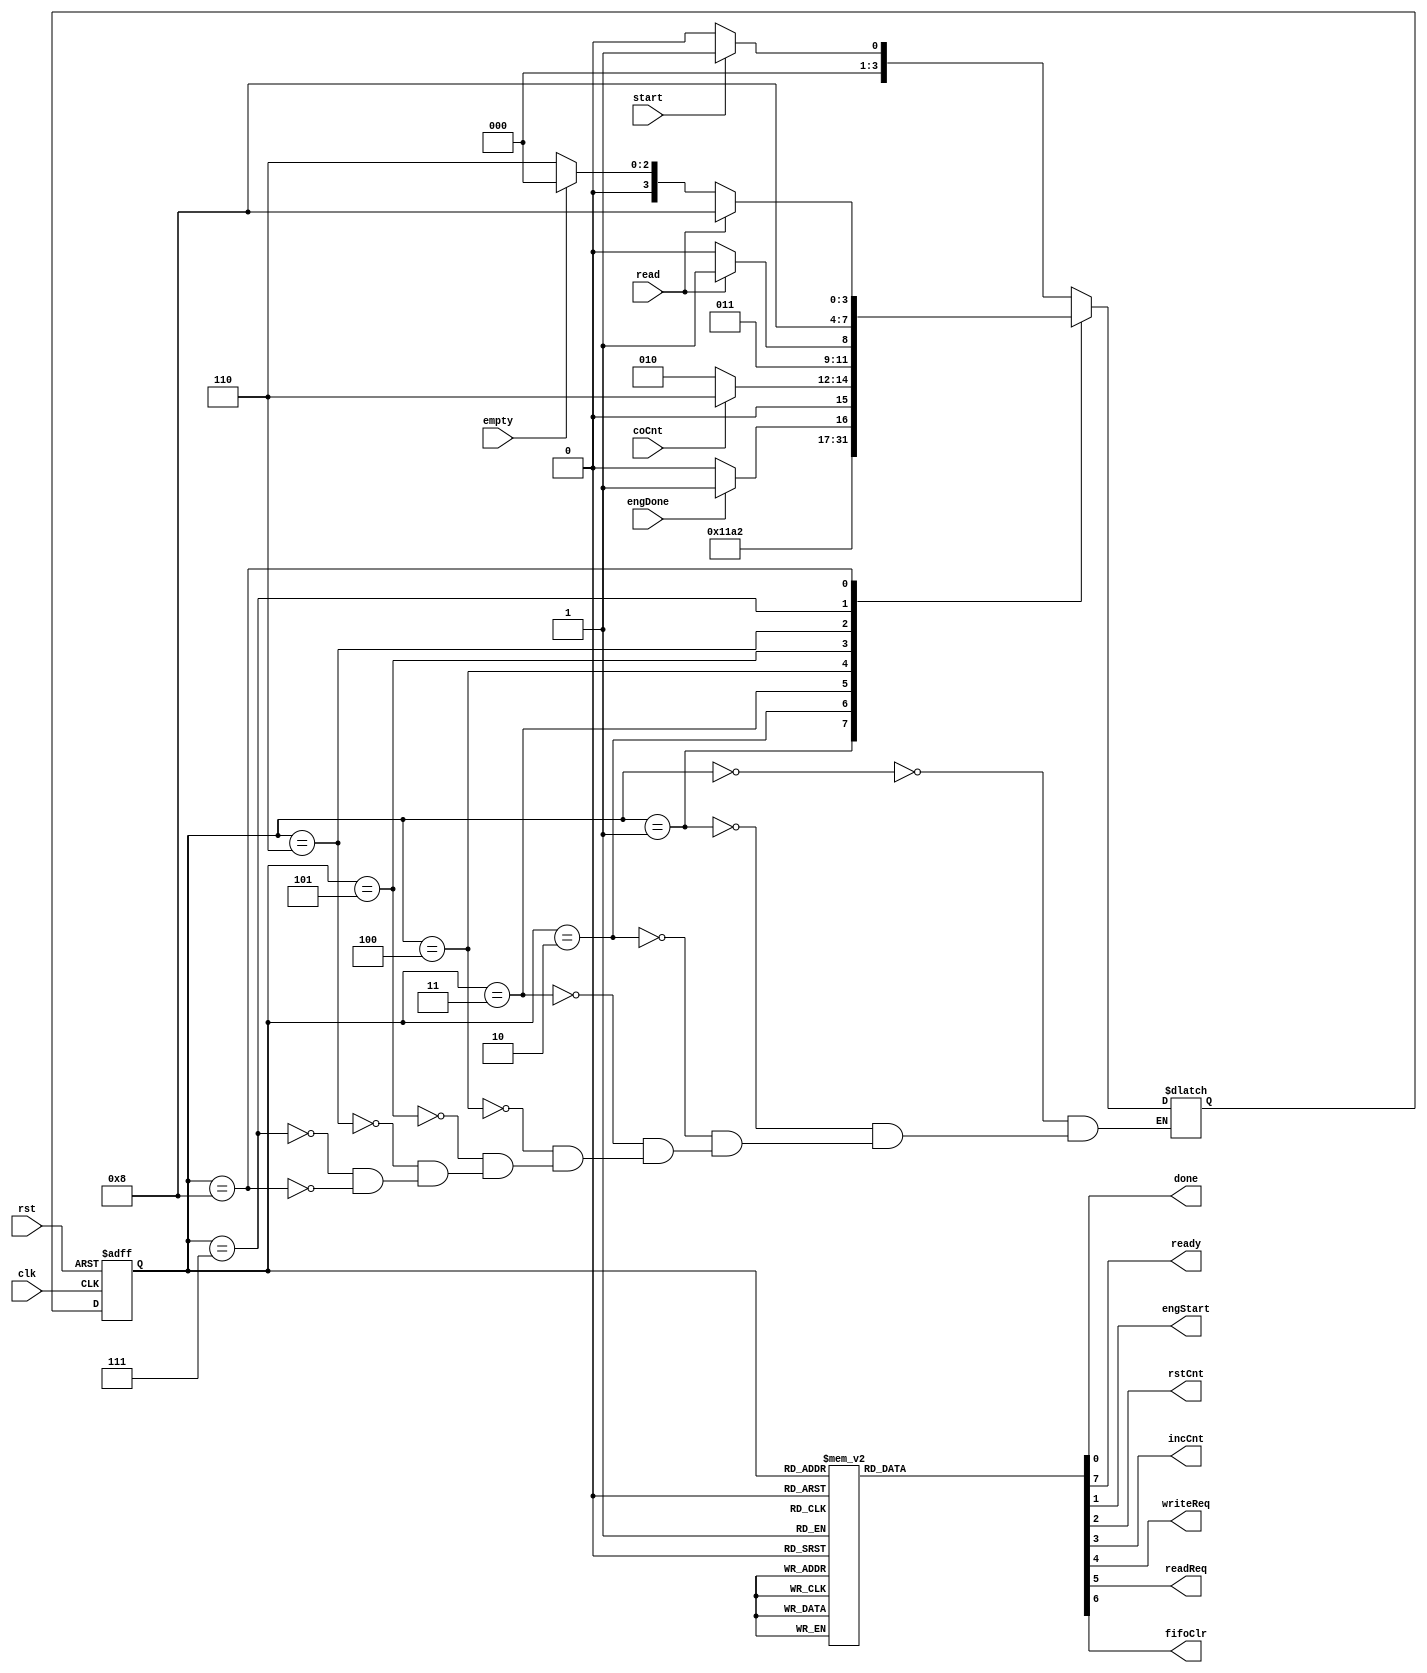
`define Idle    4'b0000
`define Init    4'b0001
`define RomWait 4'b0010
`define Start   4'b0011
`define Calc    4'b0100
`define Write   4'b0101
`define Done    4'b0110
`define Read    4'b0111
`define Wait    4'b1000

module WrapperController(
    input start, engDone, coCnt, read, empty, clk, rst,
    output reg done, ready, engStart, rstCnt, incCnt, writeReq, readReq, fifoClr
);
    reg [3:0] ps, ns;

    always @(posedge clk, posedge rst) begin
        if (rst) ps <= `Idle;
        else ps <= ns;
    end

    always @(ps, start, engDone, coCnt, read, empty) begin
        case (ps)
            `Idle:    ns = start ? `Init : `Idle;
            `Init:    ns = `RomWait;
            `RomWait: ns = `Start;
            `Start:   ns = `Calc;
            `Calc:    ns = engDone ? `Write : `Calc;
            `Write:   ns = coCnt ? `Done : `RomWait;
            `Done:    ns = read ? `Read : `Done;
            `Read:    ns = `Wait;
            `Wait:    ns = read ? `Wait : (empty ? `Idle : `Done);
            default:;
        endcase
    end

    always @(ps) begin
        {done, ready, engStart, rstCnt, incCnt, writeReq, readReq, fifoClr} = 8'd0;
        case (ps)
            `Idle: ready = 1'b1;
            `Init: {rstCnt, fifoClr} = 2'b11;
            `RomWait:;
            `Start: engStart = 1'b1;
            `Calc:;
            `Write: {writeReq, incCnt} = 2'b11;
            `Done: done = 1'b1;
            `Read: readReq = 1'b1;
            `Wait:;
            default:;
        endcase
    end
endmodule